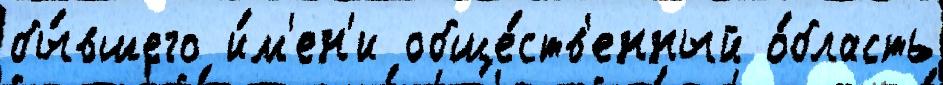
бы́вшего и́м'ен'и обще́ств'енный о́бласть